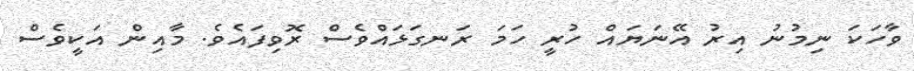
ވާހަކަ ނިމުނު އިރު އޭނަޔައް ހުރީ ހަމަ ރަނގަޅައްވެސް ރޮވިފައެވެ. މާއިން އަކީވެސް